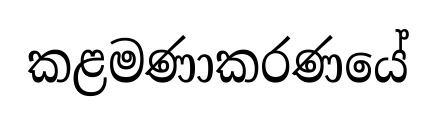
කළමණාකරණයේ